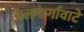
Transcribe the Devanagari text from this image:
मलमार्गावाटे